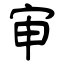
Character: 审